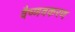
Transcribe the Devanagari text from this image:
वैष्णवकरण